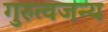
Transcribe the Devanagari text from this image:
गुरुत्वजन्य